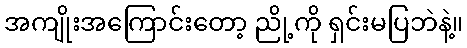
အကျိုးအကြောင်းတော့ ညို့ကို ရှင်းမပြဘဲနဲ့။